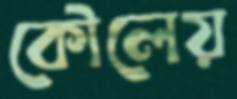
কৌলেয়